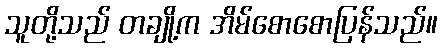
သူတို့သည် တချို့က အိမ်စောစောပြန်သည်။